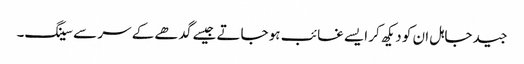
جید جاہل ان کو دیکھ کر ایسے غائب ہو جاتے جیسے گدھے کے سر سے سینگ۔